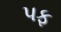
પફ